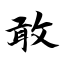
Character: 敢